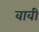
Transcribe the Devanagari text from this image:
वावी